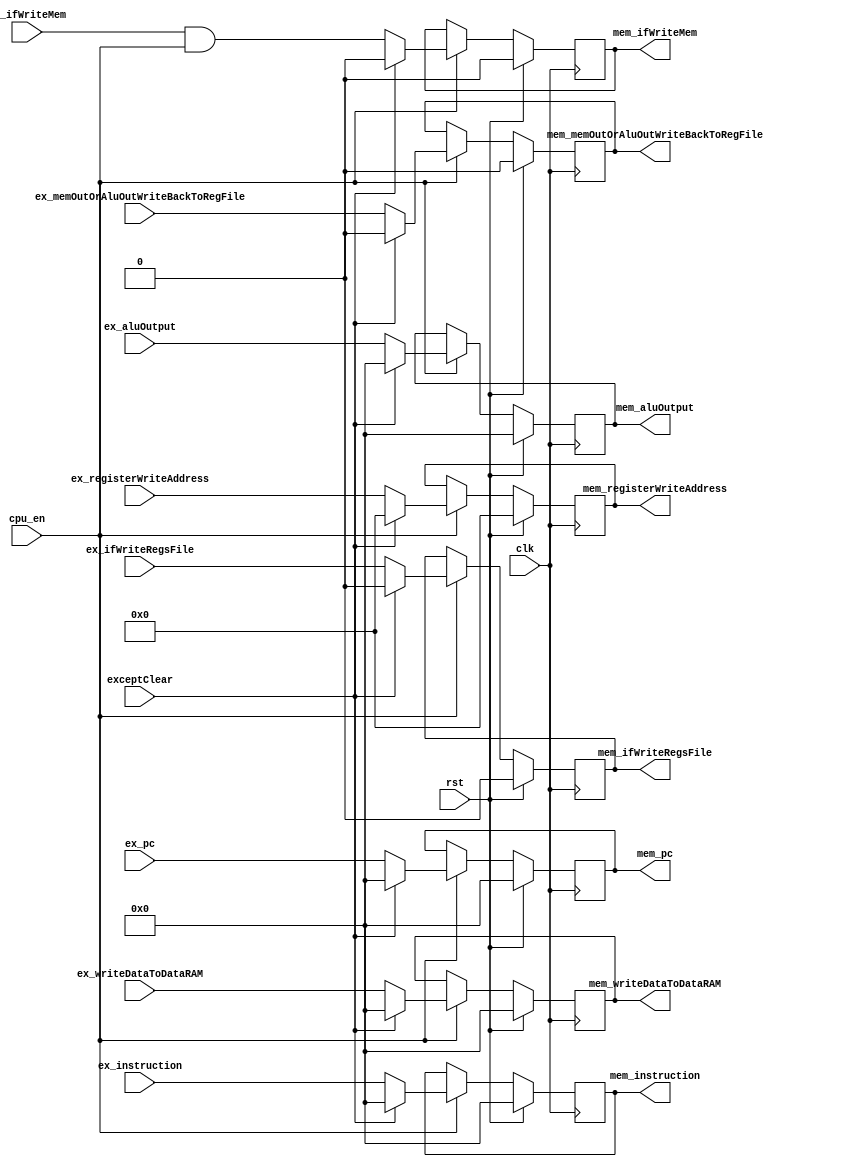
`timescale 1ns / 1ps
`define DEBUG
module ExMemRegisters (
    input exceptClear,
    input clk,
    input rst,
    input cpu_en,
    input [31:0] ex_instruction,
    input [31:0] ex_pc,
    input ex_ifWriteRegsFile,
    input ex_ifWriteMem,
    input ex_memOutOrAluOutWriteBackToRegFile,
    input [4:0] ex_registerWriteAddress,
    input [31:0] ex_aluOutput,
    input [31:0] ex_writeDataToDataRAM,

    output reg [31:0] mem_instruction = 0,
    output reg [31:0] mem_pc = 0,
    output reg mem_ifWriteRegsFile = 0, 
    output reg mem_memOutOrAluOutWriteBackToRegFile = 0,
    output reg mem_ifWriteMem = 0,
    output reg [4:0] mem_registerWriteAddress = 0,
    output reg [31:0] mem_aluOutput = 0, // also need pass to RAM
    output reg [31:0] mem_writeDataToDataRAM = 0
);

	always @(posedge clk) begin

		if (rst) begin

			mem_ifWriteMem <= 0;
			mem_ifWriteRegsFile <= 0;
			mem_memOutOrAluOutWriteBackToRegFile <= 0;

			mem_aluOutput <= 0;
			mem_writeDataToDataRAM <= 0;
			mem_registerWriteAddress <= 0;
            mem_instruction <= 0;
            mem_pc <= 0;
		end else begin
            if(cpu_en) begin
                mem_ifWriteMem <= ex_ifWriteMem & cpu_en;
                mem_ifWriteRegsFile <= ex_ifWriteRegsFile;
                mem_memOutOrAluOutWriteBackToRegFile <= ex_memOutOrAluOutWriteBackToRegFile;

                mem_aluOutput <= ex_aluOutput;
                mem_writeDataToDataRAM <= ex_writeDataToDataRAM;
                mem_registerWriteAddress <= ex_registerWriteAddress;
                mem_instruction <= ex_instruction;
                mem_pc <= ex_pc;
                if(exceptClear) begin
                    mem_ifWriteMem <= 0;
                    mem_ifWriteRegsFile <= 0;
                    mem_memOutOrAluOutWriteBackToRegFile <= 0;

                    mem_aluOutput <= 0;
                    mem_writeDataToDataRAM <= 0;
                    mem_registerWriteAddress <= 0;
                    mem_instruction <= 0;
                    mem_pc <= 0;
                end
            end

            else begin
                mem_ifWriteMem <= mem_ifWriteMem;
                mem_ifWriteRegsFile <= mem_ifWriteRegsFile;
                mem_memOutOrAluOutWriteBackToRegFile <= mem_memOutOrAluOutWriteBackToRegFile;

                mem_aluOutput <= mem_aluOutput;
                mem_writeDataToDataRAM <= mem_writeDataToDataRAM;
                mem_registerWriteAddress <= mem_registerWriteAddress;
                mem_instruction<= mem_instruction;
                mem_pc <= mem_pc;
            end

		end
	end

endmodule